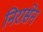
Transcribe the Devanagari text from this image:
निरासेन